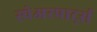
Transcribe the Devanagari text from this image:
स्पेअरपार्ट्स